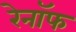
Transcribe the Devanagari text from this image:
रेनॉफ